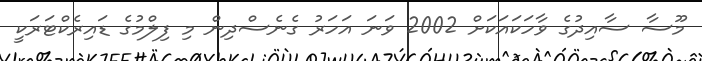
މޫސާ ސާއިދުގެ ވާހަކައަކަށް 2002 ވަނަ އަހަރު ގެނެސްދިން މި ފިލްމުގެ ޑައިރެކްޓަރަކީ